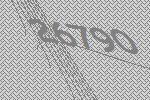
26790